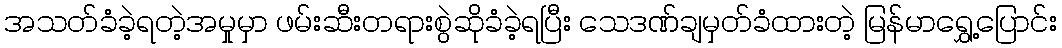
အသတ်ခံခဲ့ရတဲ့အမှုမှာ ဖမ်းဆီးတရားစွဲဆိုခံခဲ့ရပြီး သေဒဏ်ချမှတ်ခံထားတဲ့ မြန်မာရွှေ့ပြောင်း